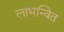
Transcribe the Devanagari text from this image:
लाभन्वित